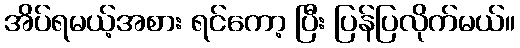
အိပ်ရမယ့်အစား ရင်ကော့ ပြီး ပြန်ပြလိုက်မယ်။